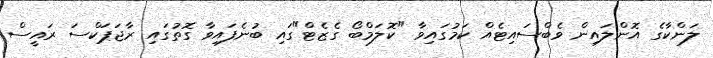
ލަންކާގެ އޮންލައިން ވެބްސައިޓެއް ކަމުގައިވާ "ކޮލަމްބޯ ގެޒެޓް"ގައި ބުނެފައިވާ ގޮތުގައި ރާޖަޕަކްސަ ރައީސް